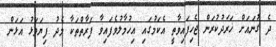
ދެ ގުނައަށް ޚަރަދުކުރަން ޖެހިފައިވާތީ އެކަމުގައި އިހުމާލުވެފައިވާ ފަރާތްތަކާ މެދު ފިޔަވަޅު އަޅަން